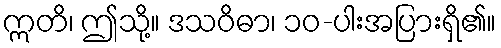
ဣတိ၊ ဤသို့။ ဒသဝိဓာ၊ ၁၀-ပါးအပြားရှိ၏။